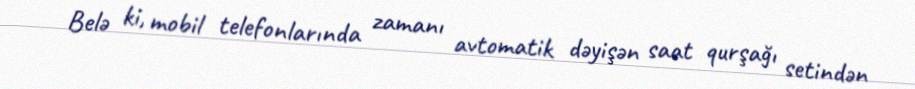
Belə ki, mobil telefonlarında zamanı avtomatik dəyişən saat qurşağı setindən